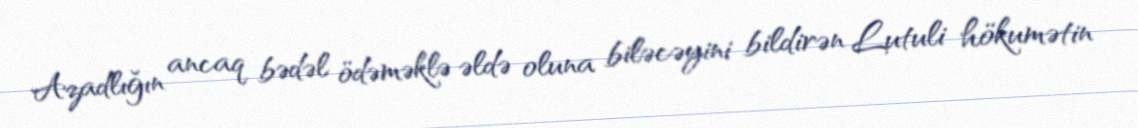
Azadlığın ancaq bədəl ödəməklə əldə oluna biləcəyini bildirən Lutuli hökumətin